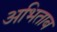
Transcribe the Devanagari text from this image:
अभिताब